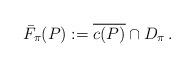
LaTeX: \begin{align*} \bar{F}_\pi(P):=\overline{c(P)}\cap D_\pi\,.\end{align*}